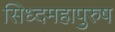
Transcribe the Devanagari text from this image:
सिध्दमहापुरुष